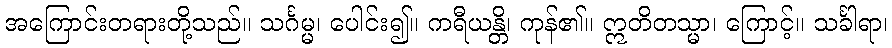
အကြောင်းတရားတို့သည်။ သင်္ဂမ္မ၊ ပေါင်း၍။ ကရီယန္တိ၊ ကုန်၏။ ဣတိတသ္မာ၊ ကြောင့်။ သင်္ခါရာ၊